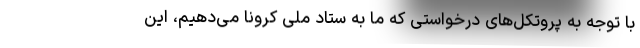
با توجه به پروتکل‌های درخواستی که ما به ستاد ملی کرونا می‌دهیم، این